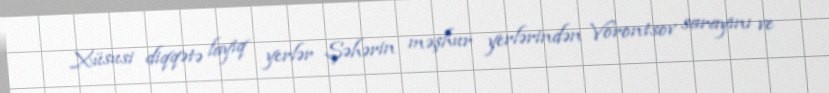
Xüsusi diqqətə layiq yerlər Şəhərin məşhur yerlərindən Vorontsov sarayını ve